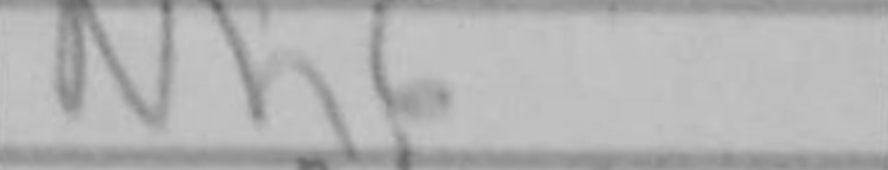
Transcription: Nh6